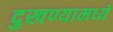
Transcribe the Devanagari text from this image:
दुखण्यामध्ये